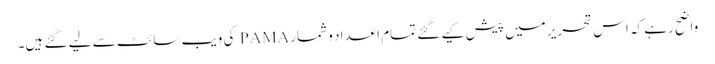
واضح رہے کہ اس تحریر میں پیش کیے گئے تمام اعداد و شمار PAMA کی ویب سائٹ سے لیے گئے ہیں۔